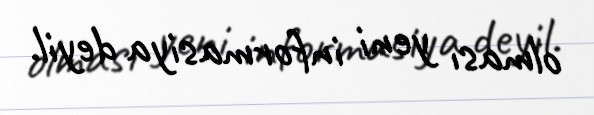
olması yeni informasiya deyil.